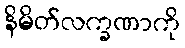
နိမိတ်လက္ခဏာကို